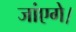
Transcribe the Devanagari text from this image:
जांएगे।